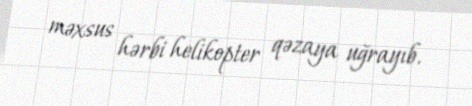
məxsus hərbi helikopter qəzaya uğrayıb.